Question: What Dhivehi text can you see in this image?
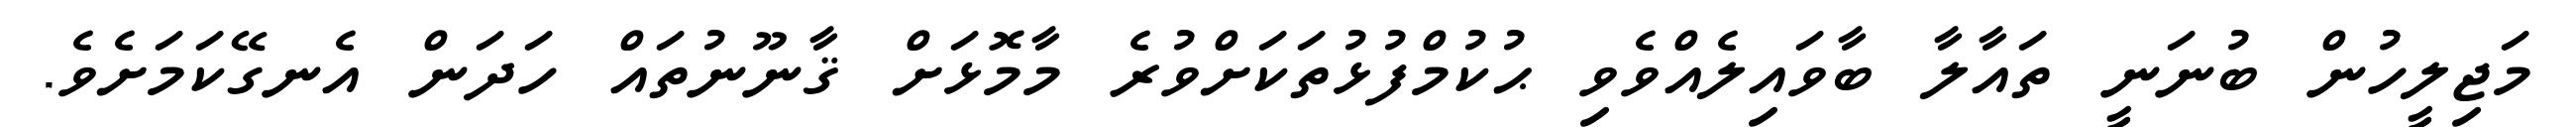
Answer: މަޖިލީހުން ބުނަނީ ތައާލާ ބާވައިލެއްވެވި ޙުކުމްފުޅުތަކަށްވުރެ މާމޮޅަށް ޤާނޫނުތައް ހަދަން އެނގޭކަމަށެވެ.